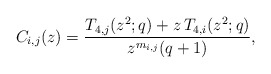
\begin{align*} C_{i,j}(z)=\frac{T_{4,j}(z^2;q) + z\,T_{4,i}(z^2;q)}{z^{m_{i,j}} (q+1)},\end{align*}